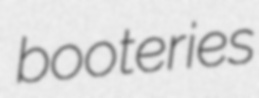
booteries